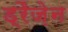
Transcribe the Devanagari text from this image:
ड्रैज़ेन